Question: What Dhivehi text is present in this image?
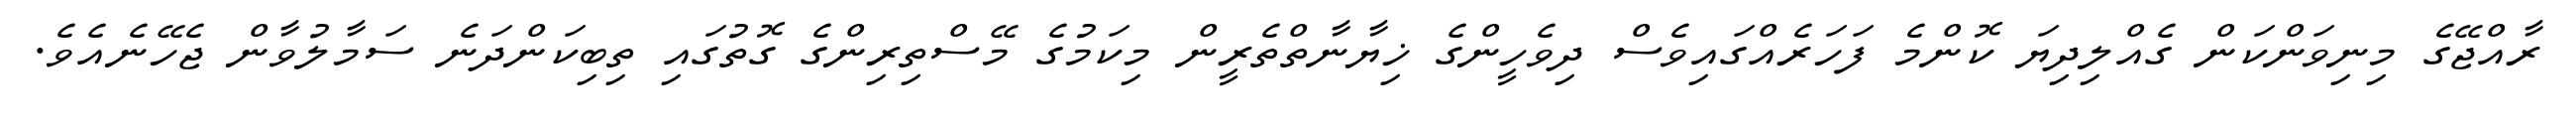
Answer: ރާއްޖޭގެ މިނިވަންކަން ގެއްލިދިޔަ ކޮންމެ ފަހަރެއްގައިވެސް ދިވެހީންގެ ޚިޔާނާތްތެރީން މިކަމުގެ މޭސްތިރިންގެ ގޮތުގައި ތިބިކަންދަނެ ސަމާލުވާން ޖެހޭނެއެވެ.